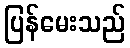
ပြန်မေးသည်